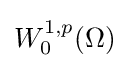
{\textstyle W_{0}^{1,p}(\Omega )}